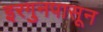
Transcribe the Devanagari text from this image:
इरगुनपासून